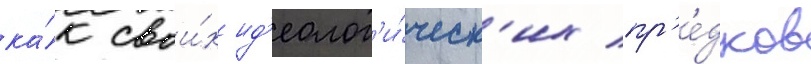
ка́к свои́х ид'еолог'и́ческ'их пр'е́дков